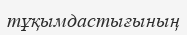
тұқымдастығының